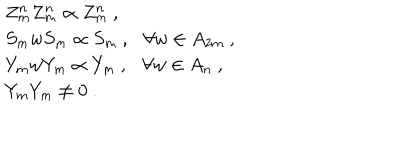
LaTeX: \begin{array} { r c l } { { } } & { { } } & { { Z _ { m } ^ { n } Z _ { m } ^ { n } \propto Z _ { m } ^ { n } ~ , } } \\ { { } } & { { } } & { { S _ { m } w S _ { m } \propto S _ { m } ~ , \forall w \in A _ { 2 m } ~ , } } \\ { { } } & { { } } & { { Y _ { m } w Y _ { m } \propto Y _ { m } ~ , \forall w \in A _ { n } ~ , } } \\ { { } } & { { } } & { { Y _ { m } Y _ { m } \not = 0 ~ . } } \\ \end{array}